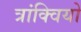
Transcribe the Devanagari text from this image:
त्रांक्वियो